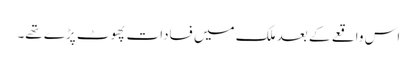
اس واقعے کے بعد ملک میں فسادات پھوٹ پڑے تھے۔